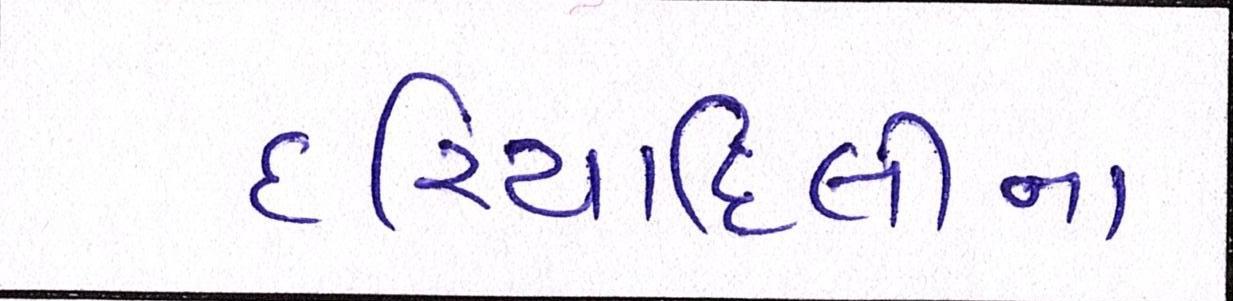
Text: દરિયાદિલીના